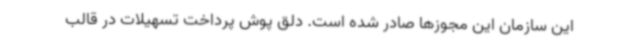
این سازمان این مجوزها صادر شده است. دلق پوش پرداخت تسهیلات در قالب